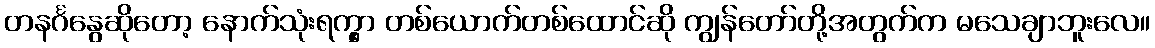
တနင်္ဂနွေဆိုတော့ နောက်သုံးရက္မှာ တစ်ယောက်တစ်ထောင်ဆို ကျွန်တော်တို့အတွက်က မသေချာဘူးလေ။